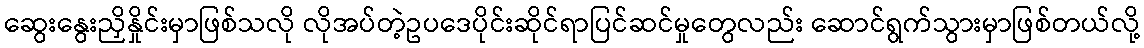
ဆွေးနွေးညှိနှိုင်းမှာဖြစ်သလို လိုအပ်တဲ့ဥပဒေပိုင်းဆိုင်ရာပြင်ဆင်မှုတွေလည်း ဆောင်ရွက်သွားမှာဖြစ်တယ်လို့